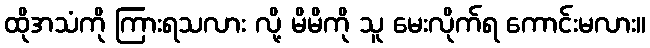
ထိုအသံကို ကြားရသလား လို့ မိမိကို သူ မေးလိုက်ရ ကောင်းမလား။